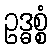
ဥဒ္ဓစ္စံ